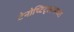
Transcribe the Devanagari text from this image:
टेनोच्टिट्लानच्या